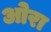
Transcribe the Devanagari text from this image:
ओरा